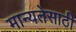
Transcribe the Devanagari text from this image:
मान्यतेसाठी